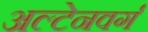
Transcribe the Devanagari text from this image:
अल्टेनवर्ग